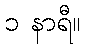
၁ နာရီ။